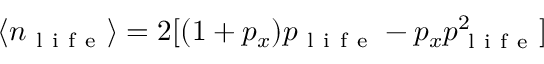
\langle n _ { \mathrm { ~ l ~ i ~ f ~ e ~ } } \rangle = 2 [ ( 1 + p _ { x } ) p _ { \mathrm { ~ l ~ i ~ f ~ e ~ } } - p _ { x } p _ { \mathrm { ~ l ~ i ~ f ~ e ~ } } ^ { 2 } ]